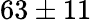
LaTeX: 63\pm 11